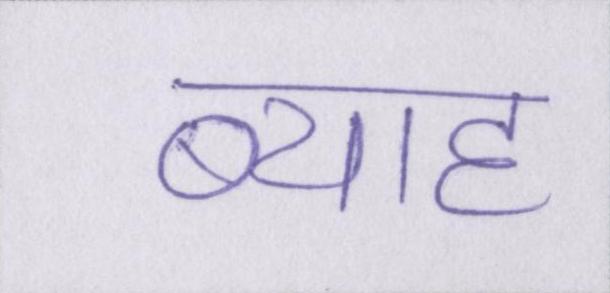
ब्याह